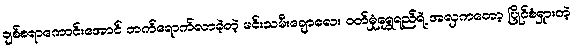
ချစ်စရာကောင်းအောင် တက်ရောက်လာခဲ့တဲ့ မင်းသမီးချောလေး ဝတ်မှုံရွှေရည်ရဲ့ အလှကတော့ ပြိုင်စံရှားတဲ့